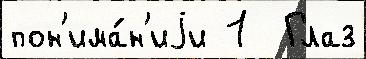
пон'има́н'иjи 1  Глаз